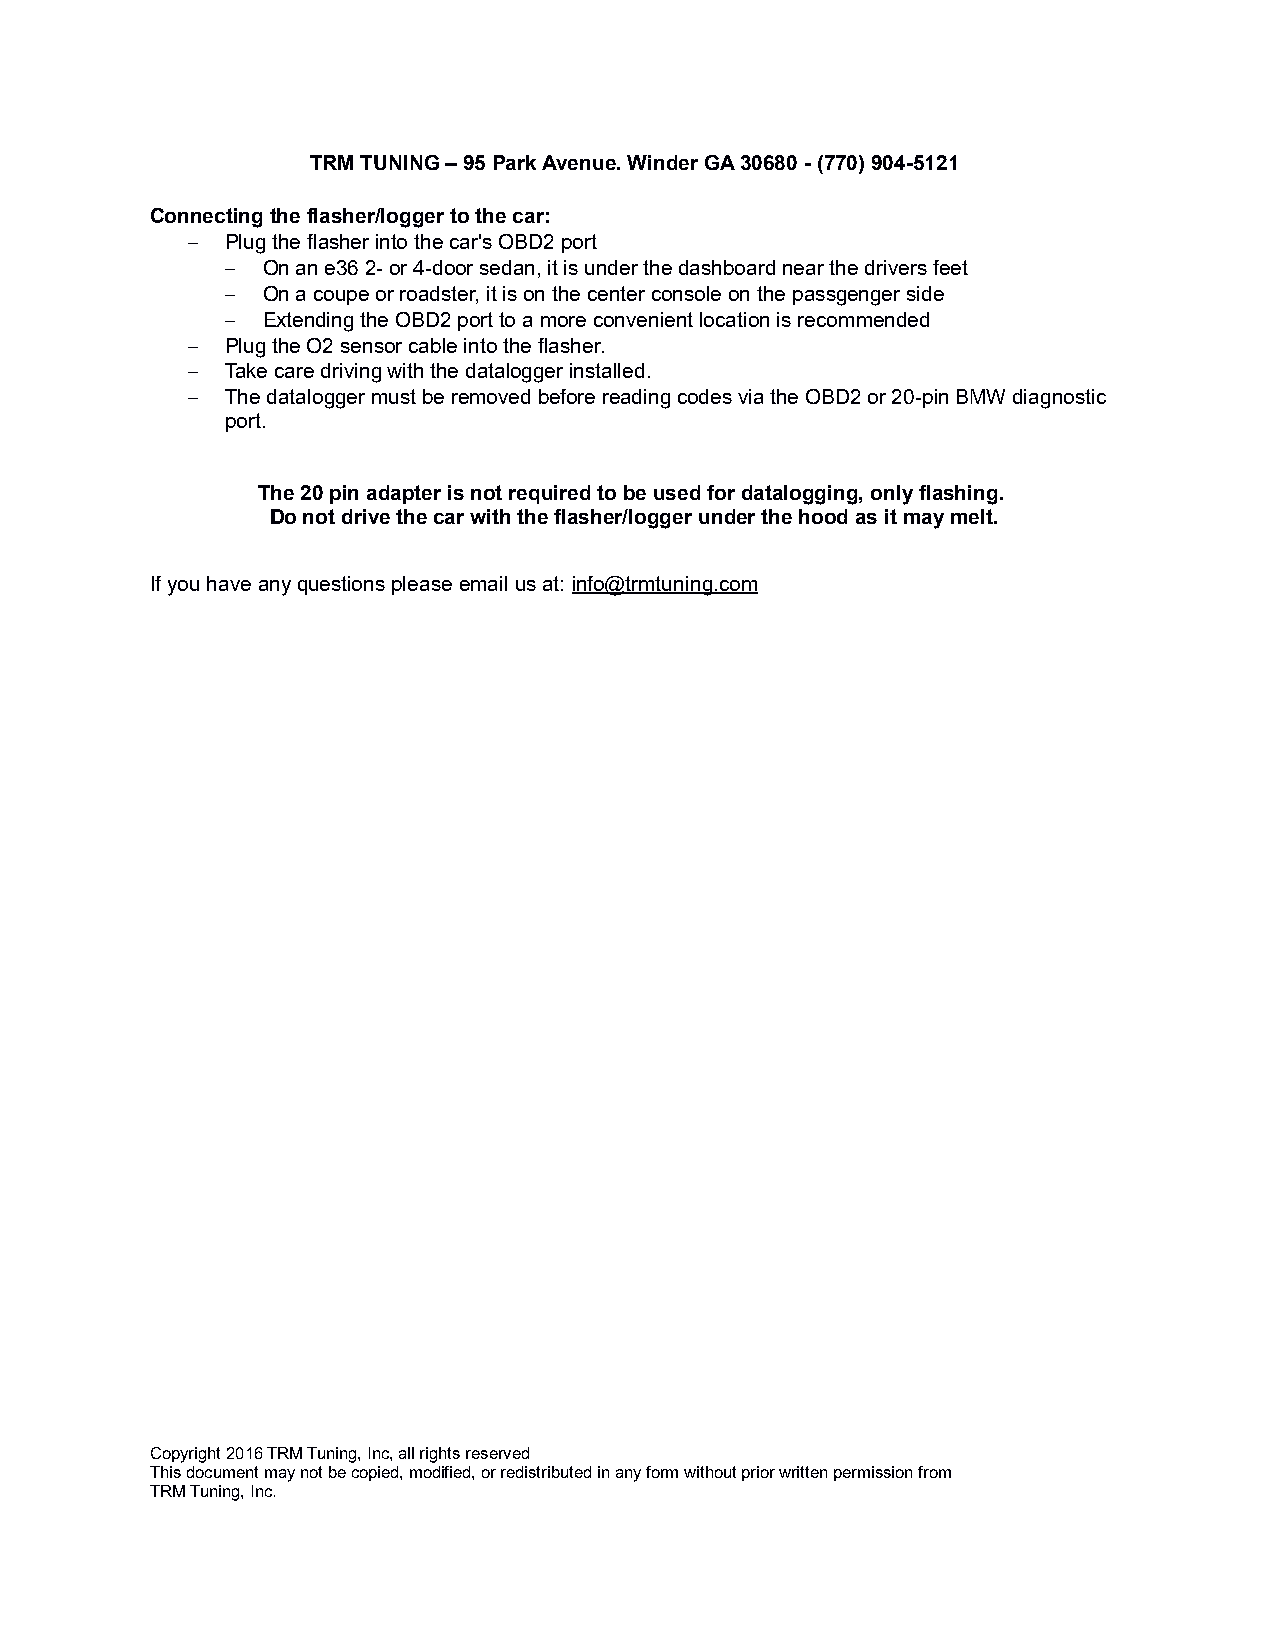
TRM TUNING – 95 Park Avenue. Winder GA 30680 - (770) 904-5121
 Connecting the flasher/logger to the car:
 –  Plug the flasher into the car's OBD2 port
 – On an e36 2- or 4-door sedan, it is under the dashboard near the drivers feet
 – On a coupe or roadster, it is on the center console on the passgenger side
 – Extending the OBD2 port to a more convenient location is recommended
 –  Plug the O2 sensor cable into the flasher.
 –  Take care driving with the datalogger installed.
 –  The datalogger must be removed before reading codes via the OBD2 or 20-pin BMW diagnostic
 port.
 The 20 pin adapter is not required to be used for datalogging, only flashing.
 Do not drive the car with the flasher/logger under the hood as it may melt.
 If you have any questions please email us at: info@trmtuning.com
 Copyright 2016 TRM Tuning, Inc, all rights reserved
 This document may not be copied, modified, or redistributed in any form without prior written permission from
 TRM Tuning, Inc.